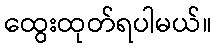
ထွေးထုတ်ရပါမယ်။